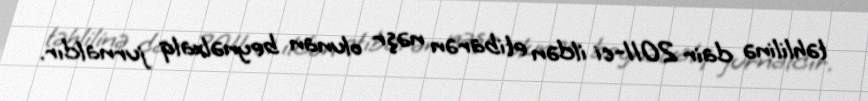
təhlilinə dair 2011-ci ildən etibarən nəşr olunan beynəlxalq jurnaldır.